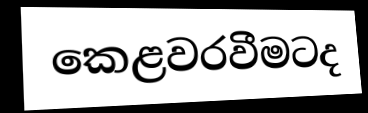
කෙළවරවීමටද